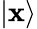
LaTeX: \left|\mathbf{x}\right\rangle